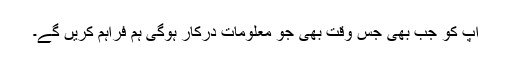
آپ کو جب بھی جس وقت بھی جو معلومات درکار ہوگی ہم فراہم کریں گے۔